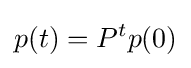
p(t)=P^{t}p(0)